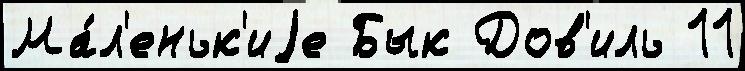
Ма́л'еньк'иjе Бык Дов'иль 11